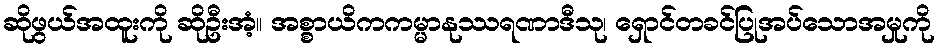
ဆိုဖွယ်အထူးကို ဆိုဦးအံ့။ အစ္စာယိကကမ္မာနုဿရဏာဒီသု၊ ရှောင်တခင်ပြုအပ်သောအမှုကို